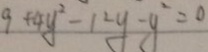
9 + 4 y ^ { 2 } - 1 2 y - y ^ { 2 } = 0